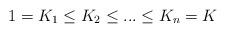
LaTeX: \begin{align*} 1 = {K_1} \leq {K_2} \leq ... \leq {K_n} = K\end{align*}